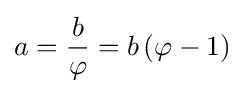
a={\frac {b}{\varphi }}=b\left(\varphi -1\right)